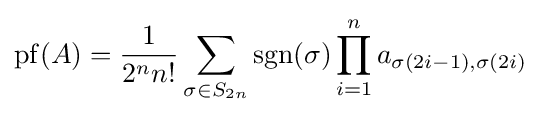
\operatorname {pf} (A)={\frac {1}{2^{n}n!}}\sum _{\sigma \in S_{2n}}\operatorname {sgn} (\sigma )\prod _{i=1}^{n}a_{\sigma (2i-1),\sigma (2i)}